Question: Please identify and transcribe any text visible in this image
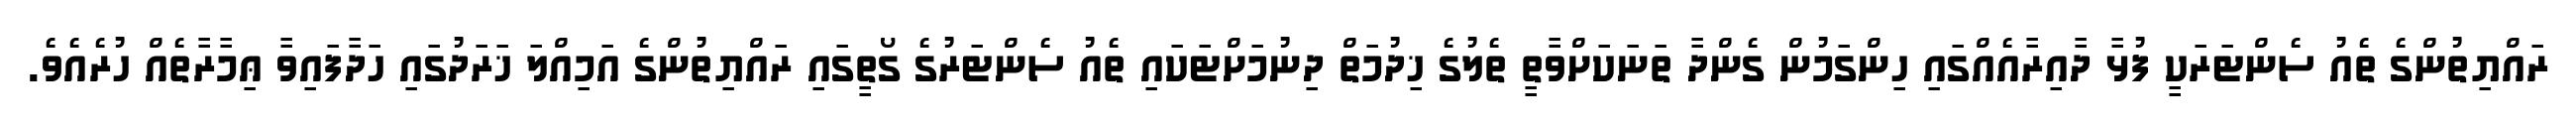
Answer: ރައްޔިތުންގެ ތެއު ސެންޓަރަކީ ފުޅާ ދާއިރާއެއްގައި ހިންގަމުން ގެންދާ ތަނަކަށްވާތީ ތެލުގެ ޚިދުމަތް ދިނުމަށްޓަކައި ތެއު ސެންޓަރުގެ ގޯތީގައި ރައްޔިތުންގެ އަމިއްލަ ޚަރަދުގައި ހަދާފައިވާ ޢިމާރާތެއް ހުރެއެވެ.